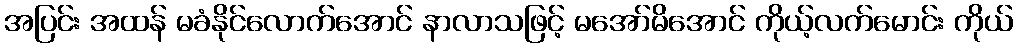
အပြင်း အထန် မခံနိုင်လောက်အောင် နာလာသဖြင့် မအော်မိအောင် ကိုယ့်လက်မောင်း ကိုယ်